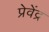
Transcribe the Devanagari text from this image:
प्रेवेंद्र